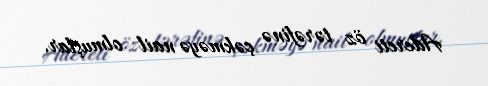
Adereti öz tərəfinə çəkməyə nail olmuşlar.